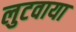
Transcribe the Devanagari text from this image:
लुटवाया